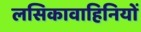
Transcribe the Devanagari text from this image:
लसिकावाहिनियों